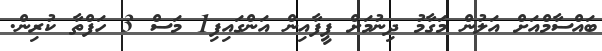
ބައްސާމްއަށް އަލުން މަގާމު ދިނުމަށް ފީފާއިން އަންގައިފި1 މަސް 3 ހަފްތާ ކުރިން.